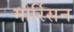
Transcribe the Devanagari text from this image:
मोर्रिसन